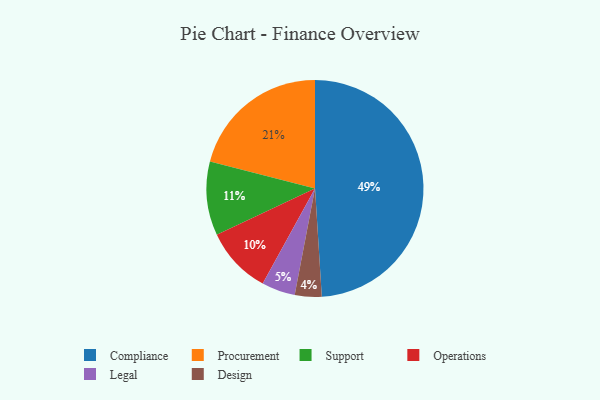
{"axis": {"x": "Category", "y": "Percentage"}, "legend": ["Compliance", "Design", "Legal", "Operations", "Procurement", "Support"], "data": [{"x": "Support", "y": 11, "type": "Support"}, {"x": "Design", "y": 4, "type": "Design"}, {"x": "Compliance", "y": 49, "type": "Compliance"}, {"x": "Procurement", "y": 21, "type": "Procurement"}, {"x": "Operations", "y": 10, "type": "Operations"}, {"x": "Legal", "y": 5, "type": "Legal"}]}